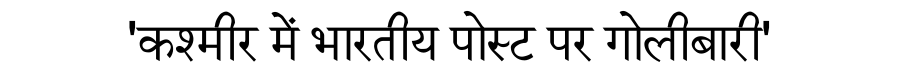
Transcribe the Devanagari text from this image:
'कश्मीर में भारतीय पोस्ट पर गोलीबारी'